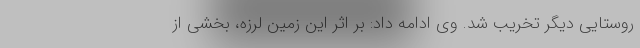
روستایی دیگر تخریب شد. وی ادامه داد: بر اثر این زمین لرزه، بخشی از